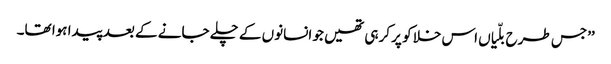
’’جس طرح بلّیاں اس خلا کو پر کرہی تھیں جو انسانوں کے چلے جانے کے بعد پیدا ہوا تھا۔